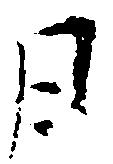
月